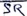
Text: SR